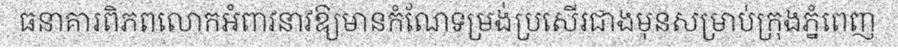
ធនាគារពិភពលោកអំពាវនាវឱ្យមានកំណែទម្រង់ប្រសើរជាងមុនសម្រាប់ក្រុងភ្នំពេញ